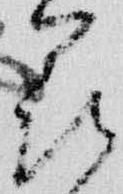
花